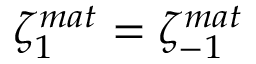
\zeta _ { 1 } ^ { m a t } = \zeta _ { - 1 } ^ { m a t }